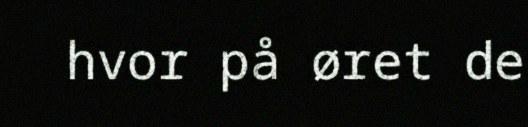
hvor på øret de